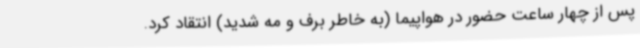
پس از چهار ساعت حضور در هواپیما (به خاطر برف و مه شدید) انتقاد کرد.